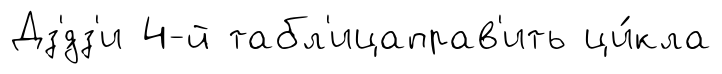
Дз'́дз'и 4-й табл'ицаправ'ить ци́кла